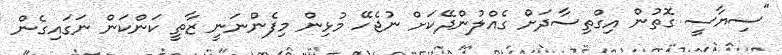
"ސިޔާސީ ގޮތުން އިގްތިސާދަށް ގެއްލުންދޭކަށް ނުޖެހޭ މުޅިން މިފެންނަނީ ޒާތީ ކަންކަން ނަގައިގެން